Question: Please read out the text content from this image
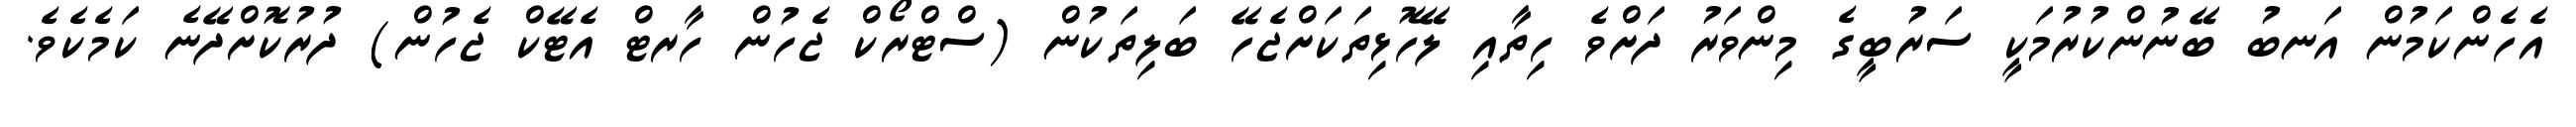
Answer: އެހެންކަމުން އަނބު ބޭނުންކުރުމަކީ ސަރުބީގެ މިންވަރު ދަށްވެ ހިތާއި ލޭހޮޅިތަކަށްޖެހޭ ބަލިތަކުން (ސްޓްރޯކް ޖެހުން ހާރޓް އެޓޭކް ޖެހުން) ދުރުކޮށްދޭނެ ކަމެކެވެ.